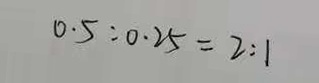
0 . 5 : 0 . 2 5 = 2 : 1